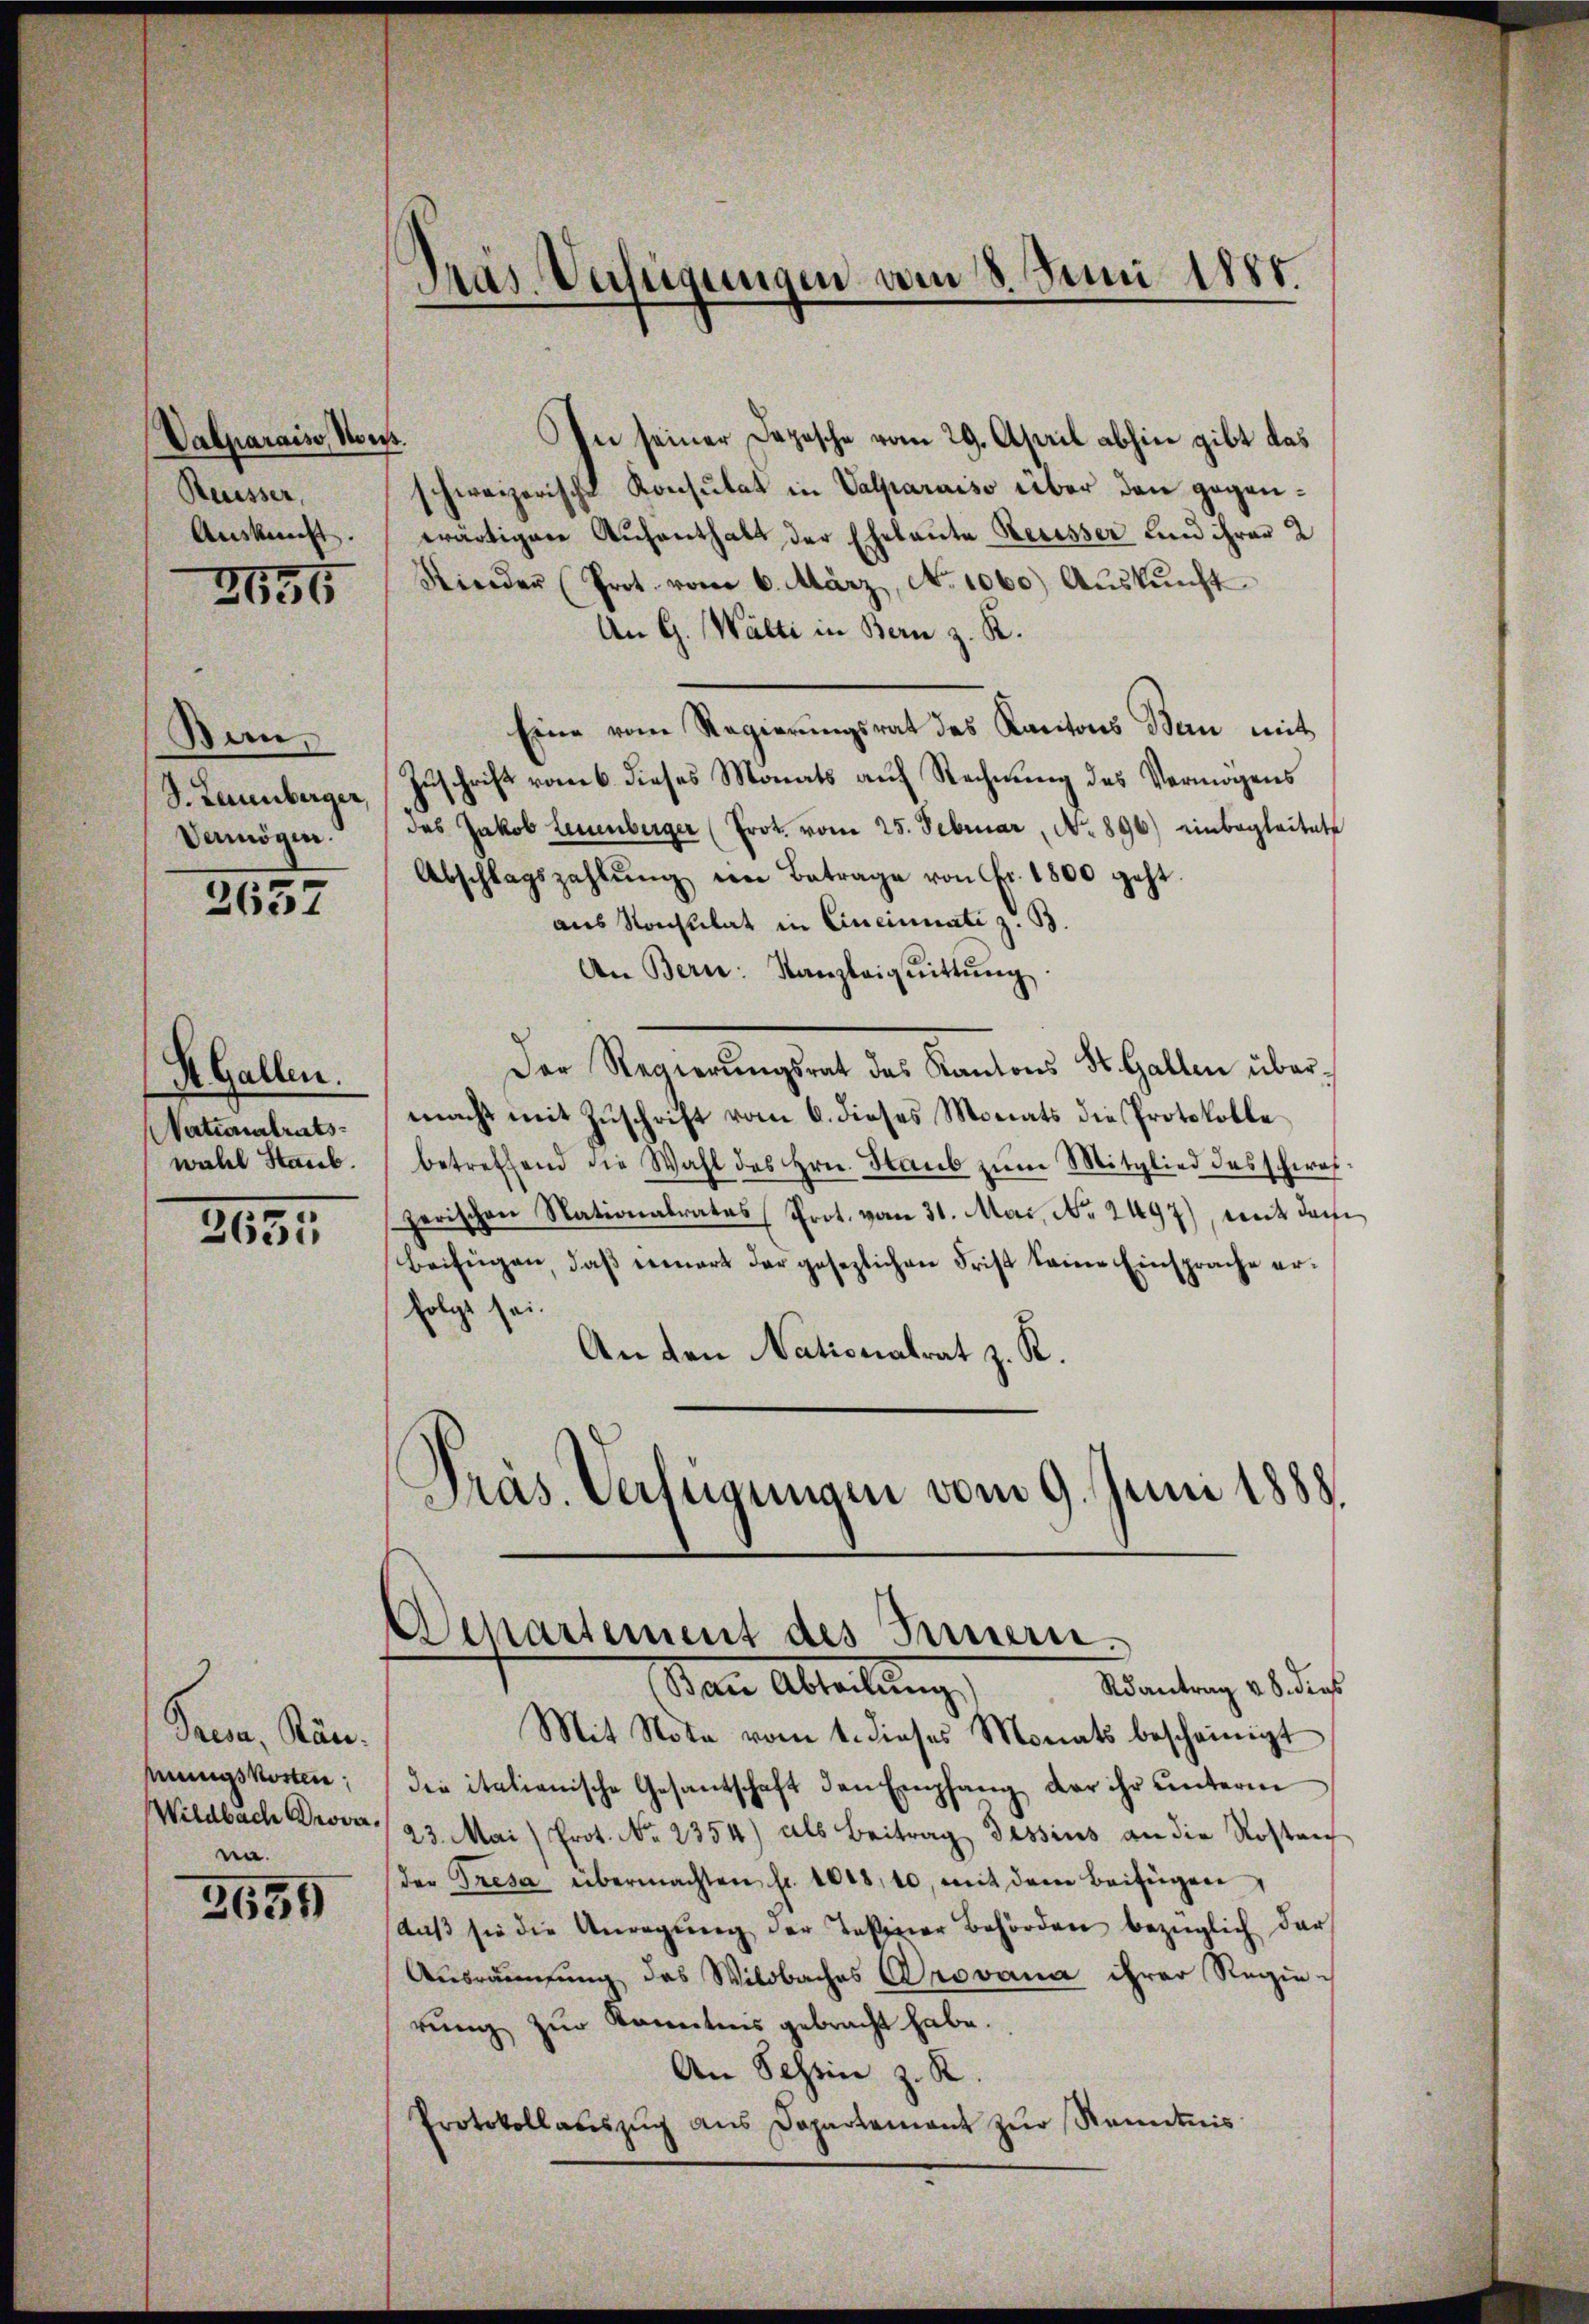
Valparaiso, sons
Reusser,
Auskunft.

2655

Ban
S. Leuenberger,
Vermögen.

2657

S. Gallen.
Nationalrats
wahl Staub.

2035

Prea, Ränmungskosten,
na.

2659

Pras Verfügungen am 8. Juni 1881.

.
In seiner Depesche vom 29. April abhin gibt das
schweizerische Konsulat in Valparaiso über den gegenwärtigen Aufenthalt der Eheleute Recesser und ihrer 2
Kieder (Prot. vom 6. März, No. 1060.) Aŭskŭnft
An G. Wälti in Bern z. R.
Eine vom Regierŭngsrat des Kantons Bern mit
Zuschrift vom 6. dieses Monats auf Rechnung des Vermögens
des Jakob Leuenberger (Prot. vom 25. Februar, No 896) einbegleitete
Abschlagszahlŭng im Betrage von Fr. 1800 geht.
aus Konsulat in Cincinati z. B.
An Bern: Kanzleiqŭittŭng
Der Regierŭngsrat des Kantons St. Gallen übermacht mit Zuschrift vom 6. dieses Monats die Protokolle
betreffend die Wahl des Hrn. Staŭb zŭm Mitglied des schwas-
zerischen Nationalrates Prot. vom 31. Mai, No. 2497), mit dem
beifügen, daβ seinert der gesezlichen Frist keine Einsprache erfolgt sei.
An den Nationalrat z. R.
Präs. Verfügungen vom 9. Juni 1888.

Separtement des Innern.
Rantrag v. 8. dies
Nan Abteilung,

Mit Note vom 1. dieses Monats bescheinigt
der italienische Gesantschaft den Empfang der ihr unterm
Wildbach Prover 23. Mai /Prot. No. 2354) als Beitrag Tessius an die Rostan
der Tresa übermachten fr. 1008, 10, mit dem Beifügen,
daβ sie die Anregŭng der Tessiner Behörden bezüglich dar
Ausräumung des Wildbaches Provana ihrer Regierung zur Kenntnis gebracht habe.
An Schein z. R
Protokollaŭszŭg ans Departement zŭr Kenntnis